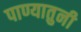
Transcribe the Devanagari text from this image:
पाण्यातुनी